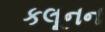
કલૂનન